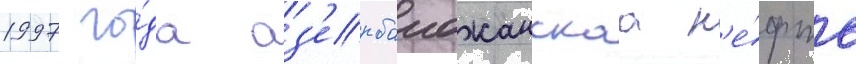
1997 го́да аз'ербаиджанскаа н'е́фть